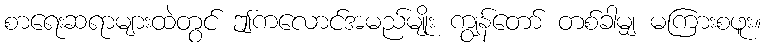
စာရေးဆရာများထဲတွင် ဤကလောင်အမည်မျိုး ကျွန်တော် တစ်ခါမျှ မကြားစဖူး။